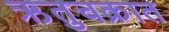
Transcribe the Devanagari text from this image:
ऋतुचक्रात